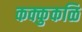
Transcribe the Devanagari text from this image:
कक्कुकळि